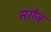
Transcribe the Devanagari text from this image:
सर्राज